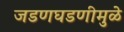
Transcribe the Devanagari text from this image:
जडणघडणीमुळे